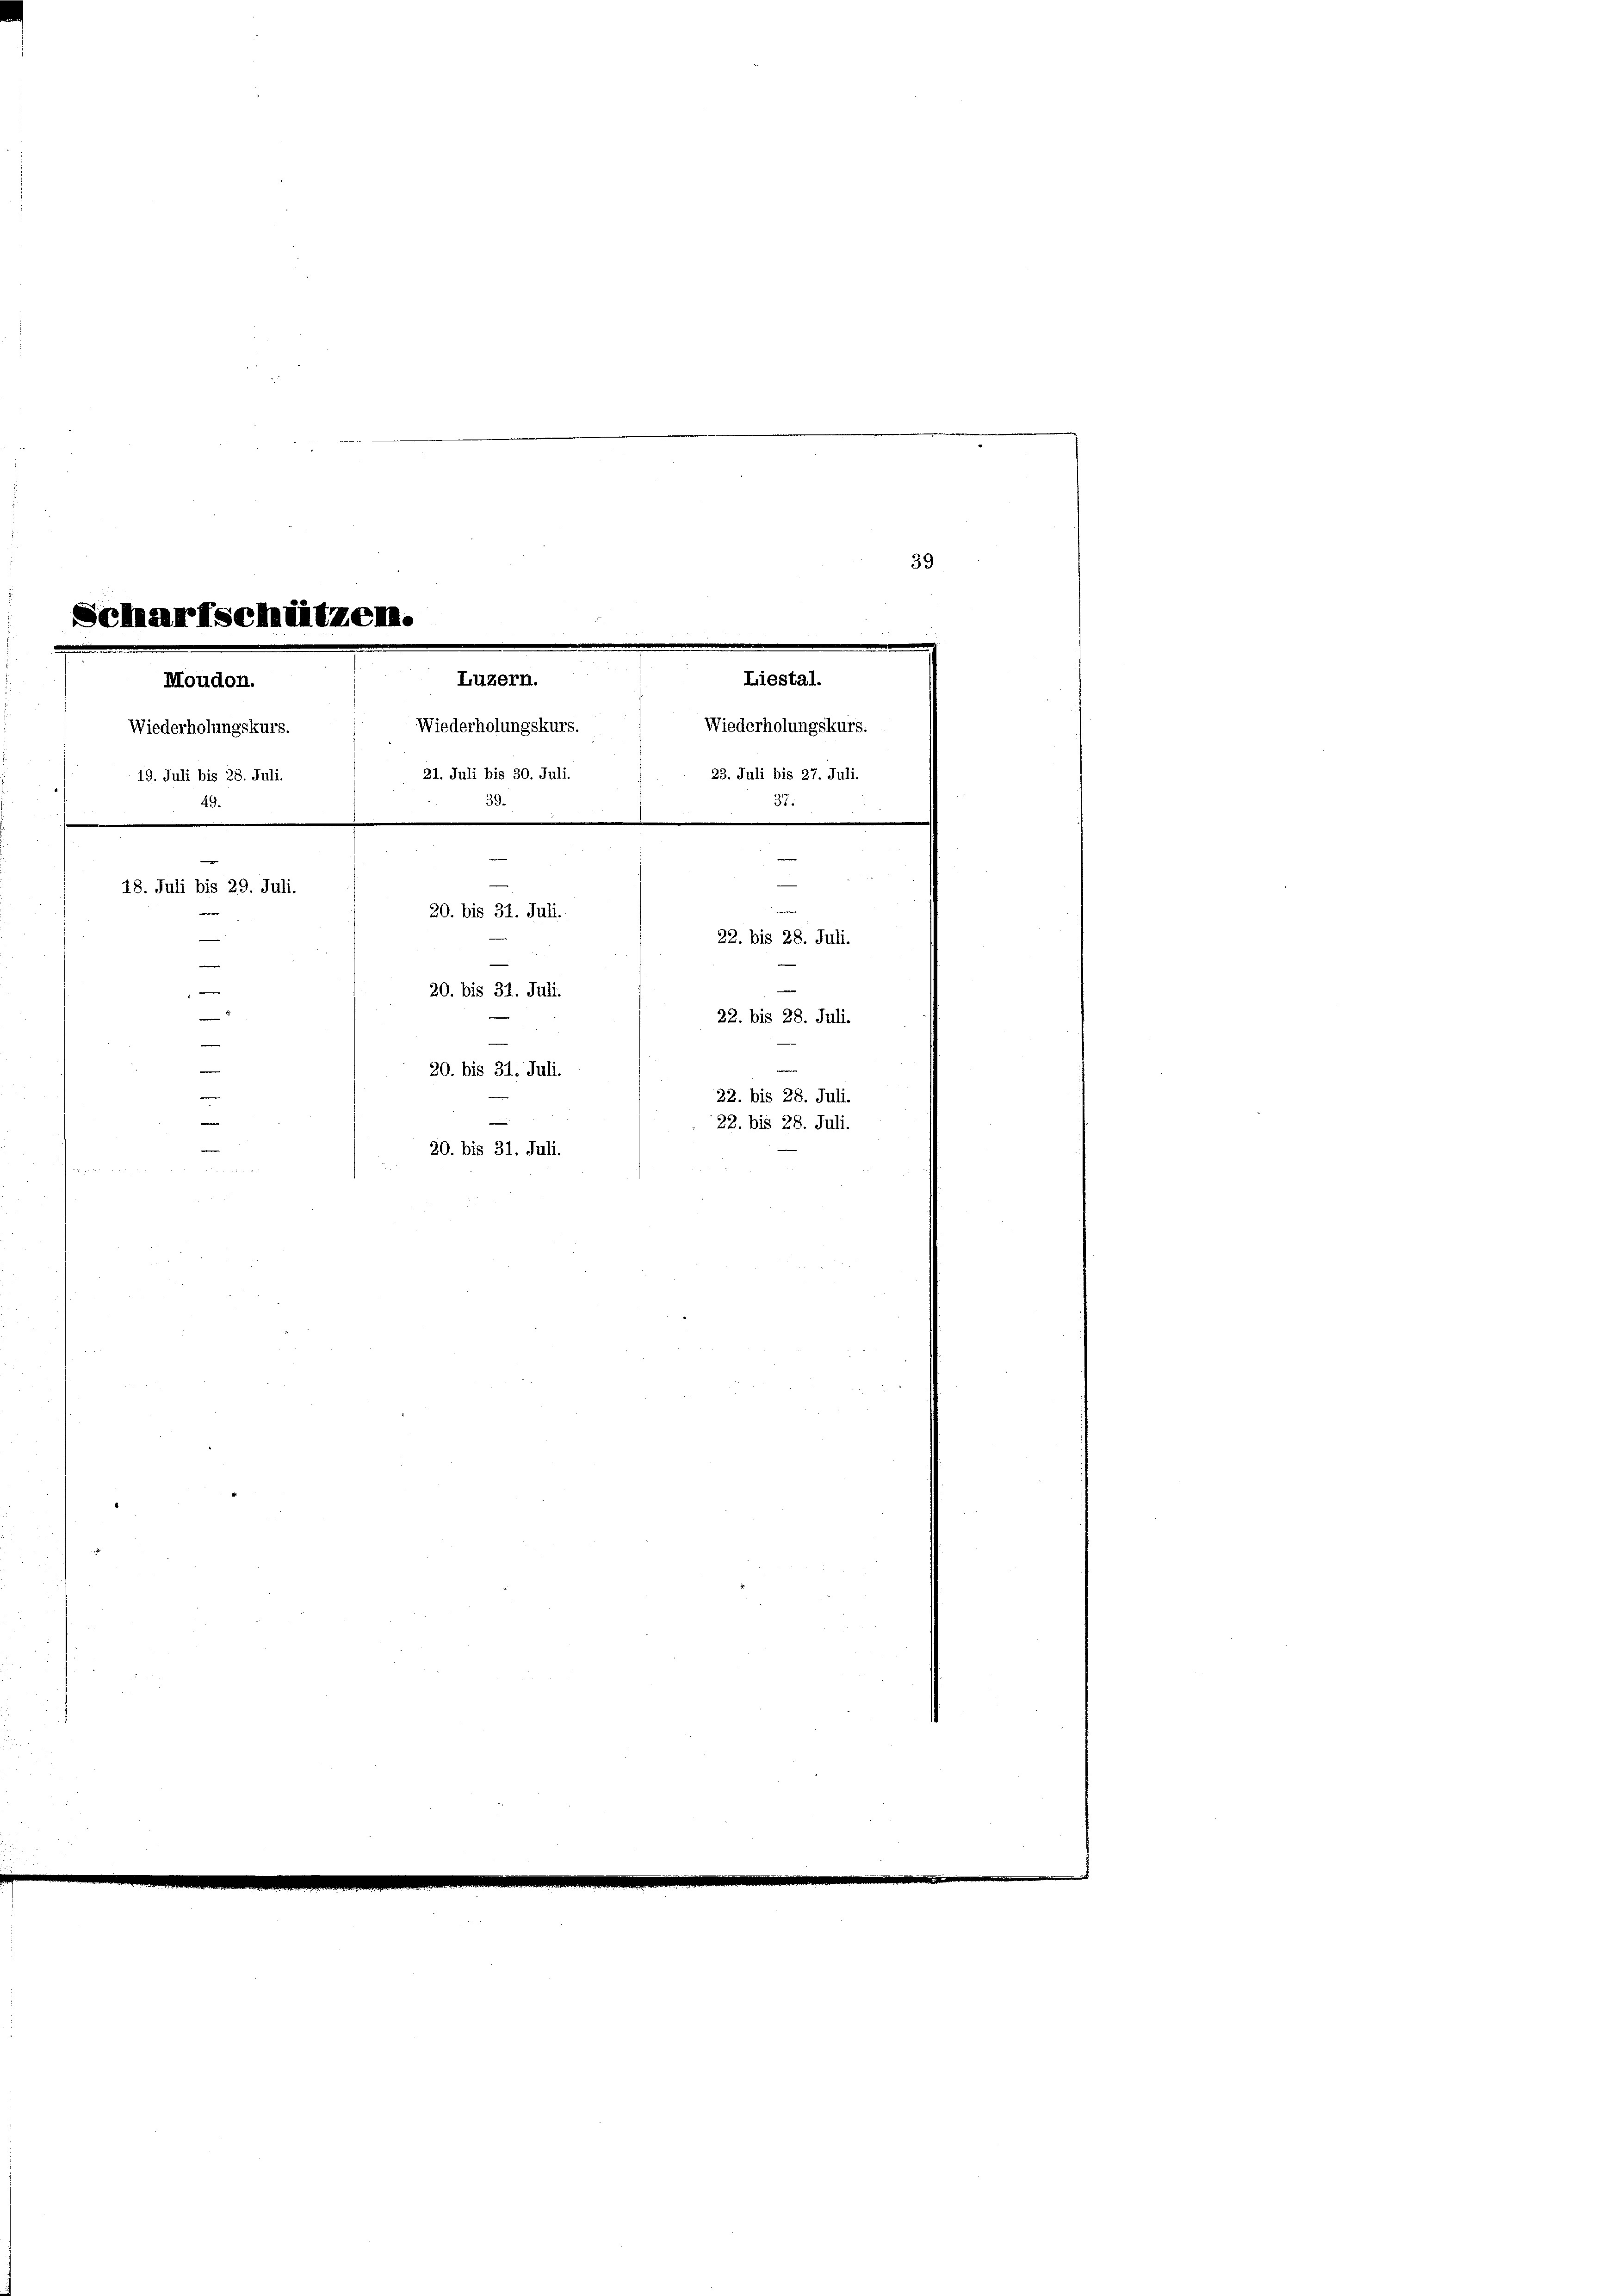
Scharfschützen.
.
Luzern.
Moudon.
Wiederholungskurs.

49.
39.
—
18. Juli bis 29. Juli.
20. bis 31. Juli.
r
—
e

20. bis 31. Juli.
.
e
20. bis 31. Juli.
20. bis 31. Juli.
un

Wiederholungskurs.
21. Juli bis 30. Juli.
19. Juli bis 28. Juli.

Liestal.

22. bis 28. Juli.
22. bis 28. Juli.
22. bis 28. Juli.
22. bis 28. Juli.

Wiederholungskurs.
23. Juli bis 27. Juli.
37.

39